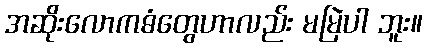
အဆိုးလောကဓံတွေဟာလည်း မမြဲပါ ဘူး။